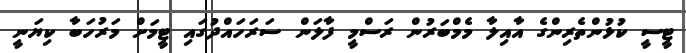
ޓީސީ ކުޅުންތެރިންގެ އާއިލާ މެމްބަރުން ރަސްމީ ފާލަން ސަރަހައްދުގައި ޓީމަށް މަރުހަބާ ކިޔަނީ